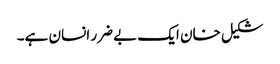
شکیل خان ایک بے ضرر انسان ہے۔